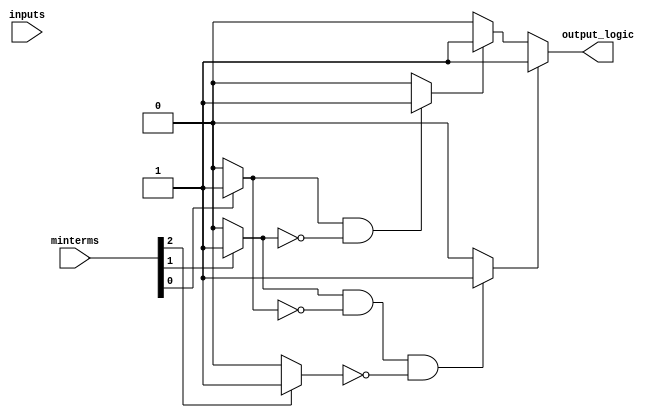
module EssentialPrimeImplicants (
    input [3:0] minterms, // 4-bit input representing the minterms (e.g., 0b1101 for minterms 0, 2, 3)
    input [3:0] inputs,   // 4-bit binary input variables
    output reg output_logic // Output representing the minimized logic function
);

// Internal variables
reg [15:0] truth_table; // 16 entries for 4 variables (2^4)
reg [15:0] prime_implicants;
reg [15:0] essential_prime_implicants;

// Generate Truth Table from Minterms
always @(*) begin
    truth_table = 16'b0;
    truth_table[minterms] = 1'b1; // Set the corresponding minterms to 1
end

// Generate Prime Implicants (for simplicity, using a hardcoded example)
always @(*) begin
    // Example prime implicants based on minterms:
    // Assume minterms correspond to binary combinations (just hardcoded for illustration)
    prime_implicants = 16'b0000_0000_0000_0000; // All implicants initialized to 0

    // Example: Minterms 1, 2, 3, and 5 produce the following prime implicants
    if (minterms[0]) prime_implicants[0] = 1; // P1
    if (minterms[1]) prime_implicants[1] = 1; // P2
    if (minterms[2]) prime_implicants[3] = 1; // P1 + P2
    if (minterms[3]) prime_implicants[5] = 1; // P3
end

// Identify Essential Prime Implicants
always @(*) begin
    essential_prime_implicants = 16'b0;

    // Check for essential prime implicants
    // This is a simple example; a complete implementation would require a more thorough search
    if (prime_implicants[0] && !prime_implicants[1] && !prime_implicants[2]) begin
        essential_prime_implicants[0] = 1; // Essential
    end
    if (prime_implicants[1] && !prime_implicants[0] && !prime_implicants[3]) begin
        essential_prime_implicants[1] = 1; // Essential
    end
    // Add more conditions as needed
end

// Generate Final Output Logic
always @(*) begin
    output_logic = 1'b0;
    // ORing the essential prime implicants to get the final output
    if (essential_prime_implicants[0]) output_logic = output_logic | 1'b1; // P1
    if (essential_prime_implicants[1]) output_logic = output_logic | 1'b1; // P2
    // Add more OR conditions as needed
end

endmodule